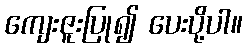
ကျေးဇူးပြု၍ ပေးပို့ပါ။